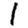
Digit: 1